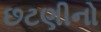
છટણીનો